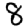
Digit: 8